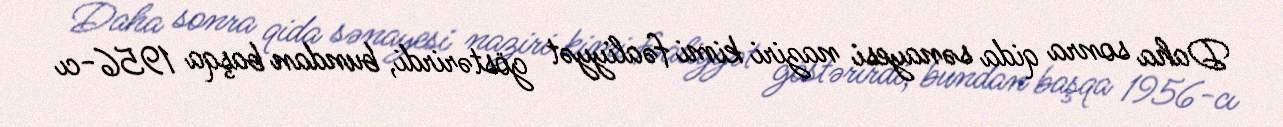
Daha sonra qida sənayesi naziri kimi fəaliyyət göstərirdi, bundan başqa 1956-cı